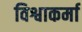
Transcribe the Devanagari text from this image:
विश्वाकर्मा